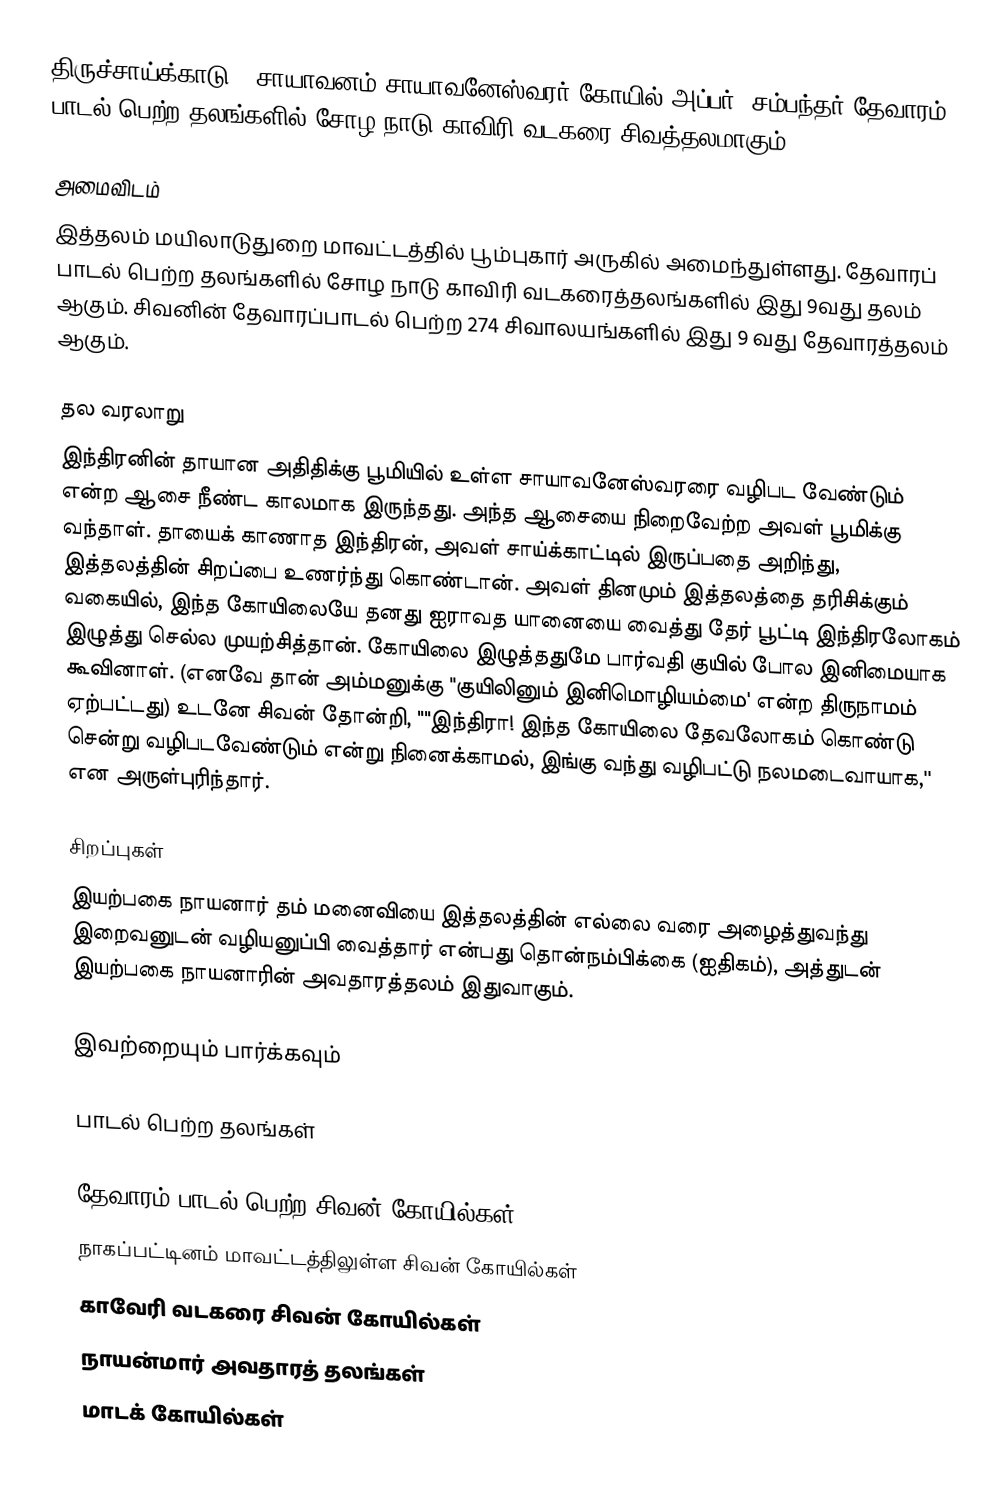
திருச்சாய்க்காடு - சாயாவனம் சாயாவனேஸ்வரர் கோயில் அப்பர், சம்பந்தர் தேவாரம் பாடல் பெற்ற தலங்களில் சோழ நாடு காவிரி வடகரை  சிவத்தலமாகும்.

அமைவிடம்
இத்தலம் மயிலாடுதுறை மாவட்டத்தில் பூம்புகார் அருகில் அமைந்துள்ளது.  தேவாரப் பாடல் பெற்ற தலங்களில் சோழ நாடு காவிரி வடகரைத்தலங்களில் இது 9வது தலம் ஆகும். சிவனின் தேவாரப்பாடல் பெற்ற 274 சிவாலயங்களில் இது 9 வது தேவாரத்தலம் ஆகும்.

தல வரலாறு
இந்திரனின் தாயான அதிதிக்கு பூமியில் உள்ள சாயாவனேஸ்வரரை வழிபட வேண்டும் என்ற ஆசை நீண்ட காலமாக இருந்தது. அந்த ஆசையை நிறைவேற்ற அவள் பூமிக்கு வந்தாள். தாயைக் காணாத இந்திரன், அவள் சாய்க்காட்டில் இருப்பதை அறிந்து, இத்தலத்தின் சிறப்பை உணர்ந்து கொண்டான். அவள் தினமும் இத்தலத்தை தரிசிக்கும் வகையில், இந்த கோயிலையே தனது ஐராவத யானையை வைத்து தேர் பூட்டி இந்திரலோகம் இழுத்து செல்ல முயற்சித்தான். கோயிலை இழுத்ததுமே பார்வதி குயில் போல இனிமையாக கூவினாள். (எனவே தான் அம்மனுக்கு "குயிலினும் இனிமொழியம்மை' என்ற திருநாமம் ஏற்பட்டது) உடனே சிவன் தோன்றி, ""இந்திரா! இந்த கோயிலை தேவலோகம் கொண்டு சென்று வழிபடவேண்டும் என்று நினைக்காமல், இங்கு வந்து வழிபட்டு நலமடைவாயாக,'' என அருள்புரிந்தார்.

சிறப்புகள்
இயற்பகை நாயனார் தம் மனைவியை இத்தலத்தின் எல்லை வரை அழைத்துவந்து இறைவனுடன் வழியனுப்பி வைத்தார் என்பது தொன்நம்பிக்கை (ஐதிகம்), அத்துடன் இயற்பகை நாயனாரின் அவதாரத்தலம் இதுவாகும்.

இவற்றையும் பார்க்கவும்

 பாடல் பெற்ற தலங்கள்

தேவாரம் பாடல் பெற்ற சிவன் கோயில்கள்
நாகப்பட்டினம் மாவட்டத்திலுள்ள சிவன் கோயில்கள்
காவேரி வடகரை சிவன் கோயில்கள்
நாயன்மார் அவதாரத் தலங்கள்
மாடக் கோயில்கள்